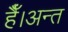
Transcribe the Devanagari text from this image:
हैँ।अन्त